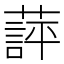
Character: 𬞖